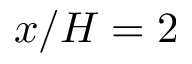
x / H = 2